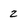
Character: 2